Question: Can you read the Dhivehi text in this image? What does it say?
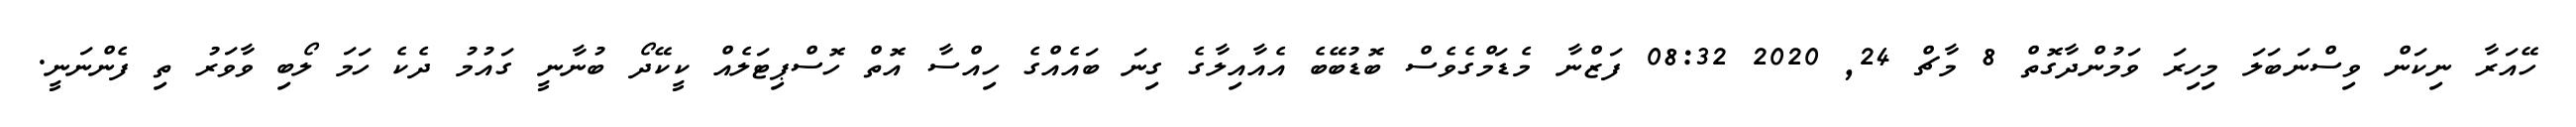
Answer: ހޭއަރާ ނިކަން ވިސްނަބަލަ މިހިރަ ވަމުންދާގޮތް 8 މާޗް 24, 2020 08:32 ފަޒްނާ މެޑަމްގެވެސް ބޮޑުބޭބެ އެއާއިލާގެ ގިނަ ބައެއްގެ ހިއްސާ އޮތް ހޮސްޕިޓަލެއް ކީކޭދޯ ބުނާނީ ގައުމު ދެކެ ހަމަ ލޯބި ވާވަރު ތި ފެންނަނީ.